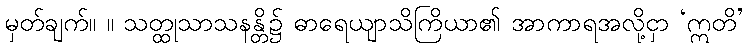
မှတ်ချက်။ ။ သတ္ထုသာသနန္တိ၌ ဓာရေယျာသိကြိယာ၏ အာကာရအလို့ငှာ ‘ဣတိ’